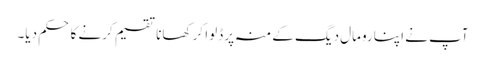
آپ نے اپنا رومال دیگ کے منہ پر ڈلوا کر کھانا تقسیم کرنے کا حکم دیا۔